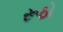
રૂઠો